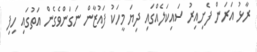
ރާޅު އަރަން ފެށިއިރު ސައިކަލެއްގައި ދިޔަ މީހަކު ފައުޒާން ނަގަންވެގެން އަތުގައި ހިފި